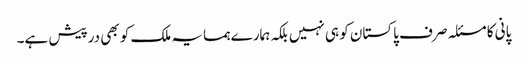
پانی کا مسئلہ صرف پاکستان کو ہی نہیں بلکہ ہمارے ہمسایہ ملک کو بھی درپیش ہے۔